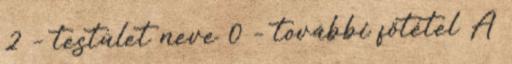
2 – testület neve 0 – további főtétel A